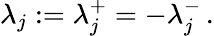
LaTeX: \lambda_{j}:=\lambda_{j}^{+}=-\lambda_{j}^{-}\, .